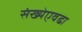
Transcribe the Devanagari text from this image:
संख्येएवढा